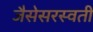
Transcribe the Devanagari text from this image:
जैसेसरस्वती